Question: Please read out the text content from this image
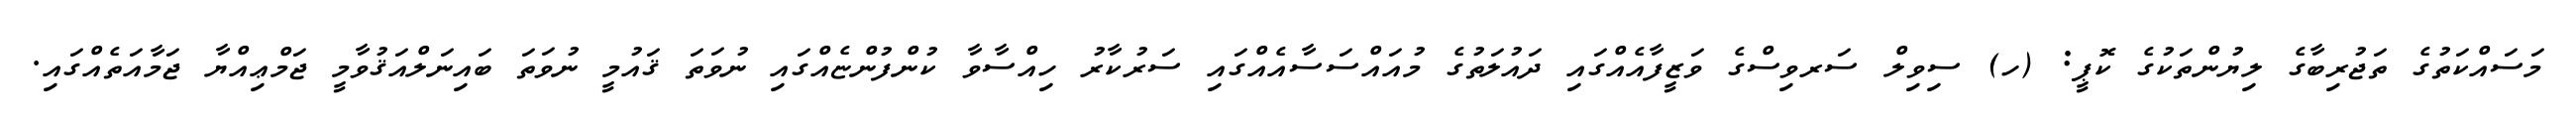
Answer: މަސައްކަތުގެ ތަޖުރިބާގެ ލިޔުންތަކުގެ ކޮޕީ: (ހ) ސިވިލް ސަރވިސްގެ ވަޒީފާއެއްގައި ދައުލަތުގެ މުއައްސަސާއެއްގައި ސަރުކާރު ހިއްސާވާ ކުންފުންޏެއްގައި ނުވަތަ ޤައުމީ ނުވަތަ ބައިނަލްއަޤުވާމީ ޖަމްޢިއްޔާ ޖަމާއަތެއްގައި.